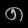
Digit: ၈